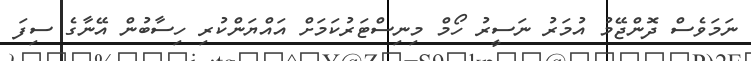
ނަމަވެސް ދޮންޖޭމު އުމަރު ނަސީރު ހޯމް މިނިސްޓަރުކަމަށް އައްޔަންކުރި ހިސާބުން އޭނާގެ ސިފަ